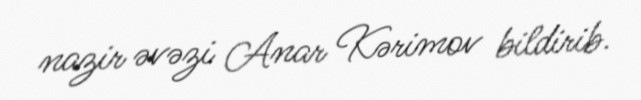
nazir əvəzi Anar Kərimov bildirib.